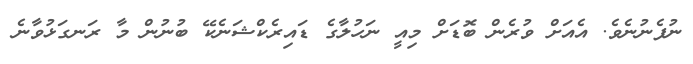
ނުފެނުނެވެ. އެއަށް ވުރެން ބޮޑަށް މިއީ ނަހުލާގެ ޑައިރެކްޝަނެކޭ ބުނުން މާ ރަނގަޅުވާނެ